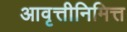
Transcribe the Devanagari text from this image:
आवृत्तीनिमित्त